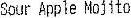
SOUR APPLE MOJITO